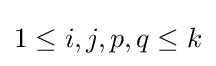
1\leq i,j,p,q\leq k